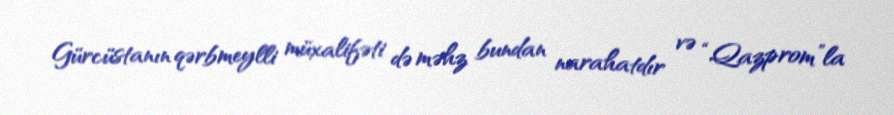
Gürcüstanın qərbmeylli müxalifəti də məhz bundan narahatdır və “Qazprom”la